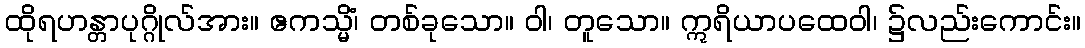
ထိုရဟန္တာပုဂ္ဂိုလ်အား။ ဧကသ္မိံ၊ တစ်ခုသော။ ဝါ၊ တူသော။ ဣရိယာပထေဝါ၊ ၌လည်းကောင်း။